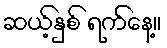
ဆယ့်နှစ် ရက်နေ့။